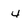
Character: 4